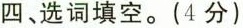
四、选词填空。(4分)